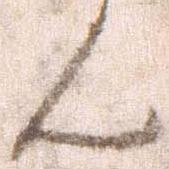
ん